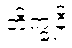
ဘိက္ခုနိ